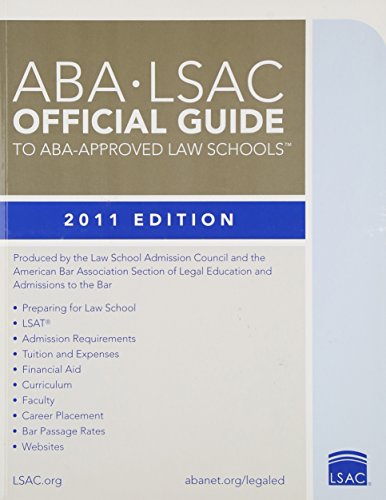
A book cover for ABA-LSAC Official Guide to ABA-Approved Law Schools 2011 (Aba Lsac Official Guide to Aba Approved Law Schools); Law School Admission Council; Education & Teaching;